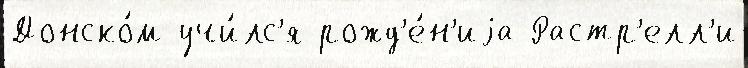
Донско́м учи́лс'я рожд'е́н'иjа Растр'елл'и